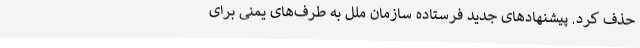
حذف کرد. پیشنهادهای جدید فرستاده سازمان ملل به طرف‌های یمنی برای